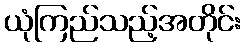
ယုံကြည်သည့်အတိုင်း